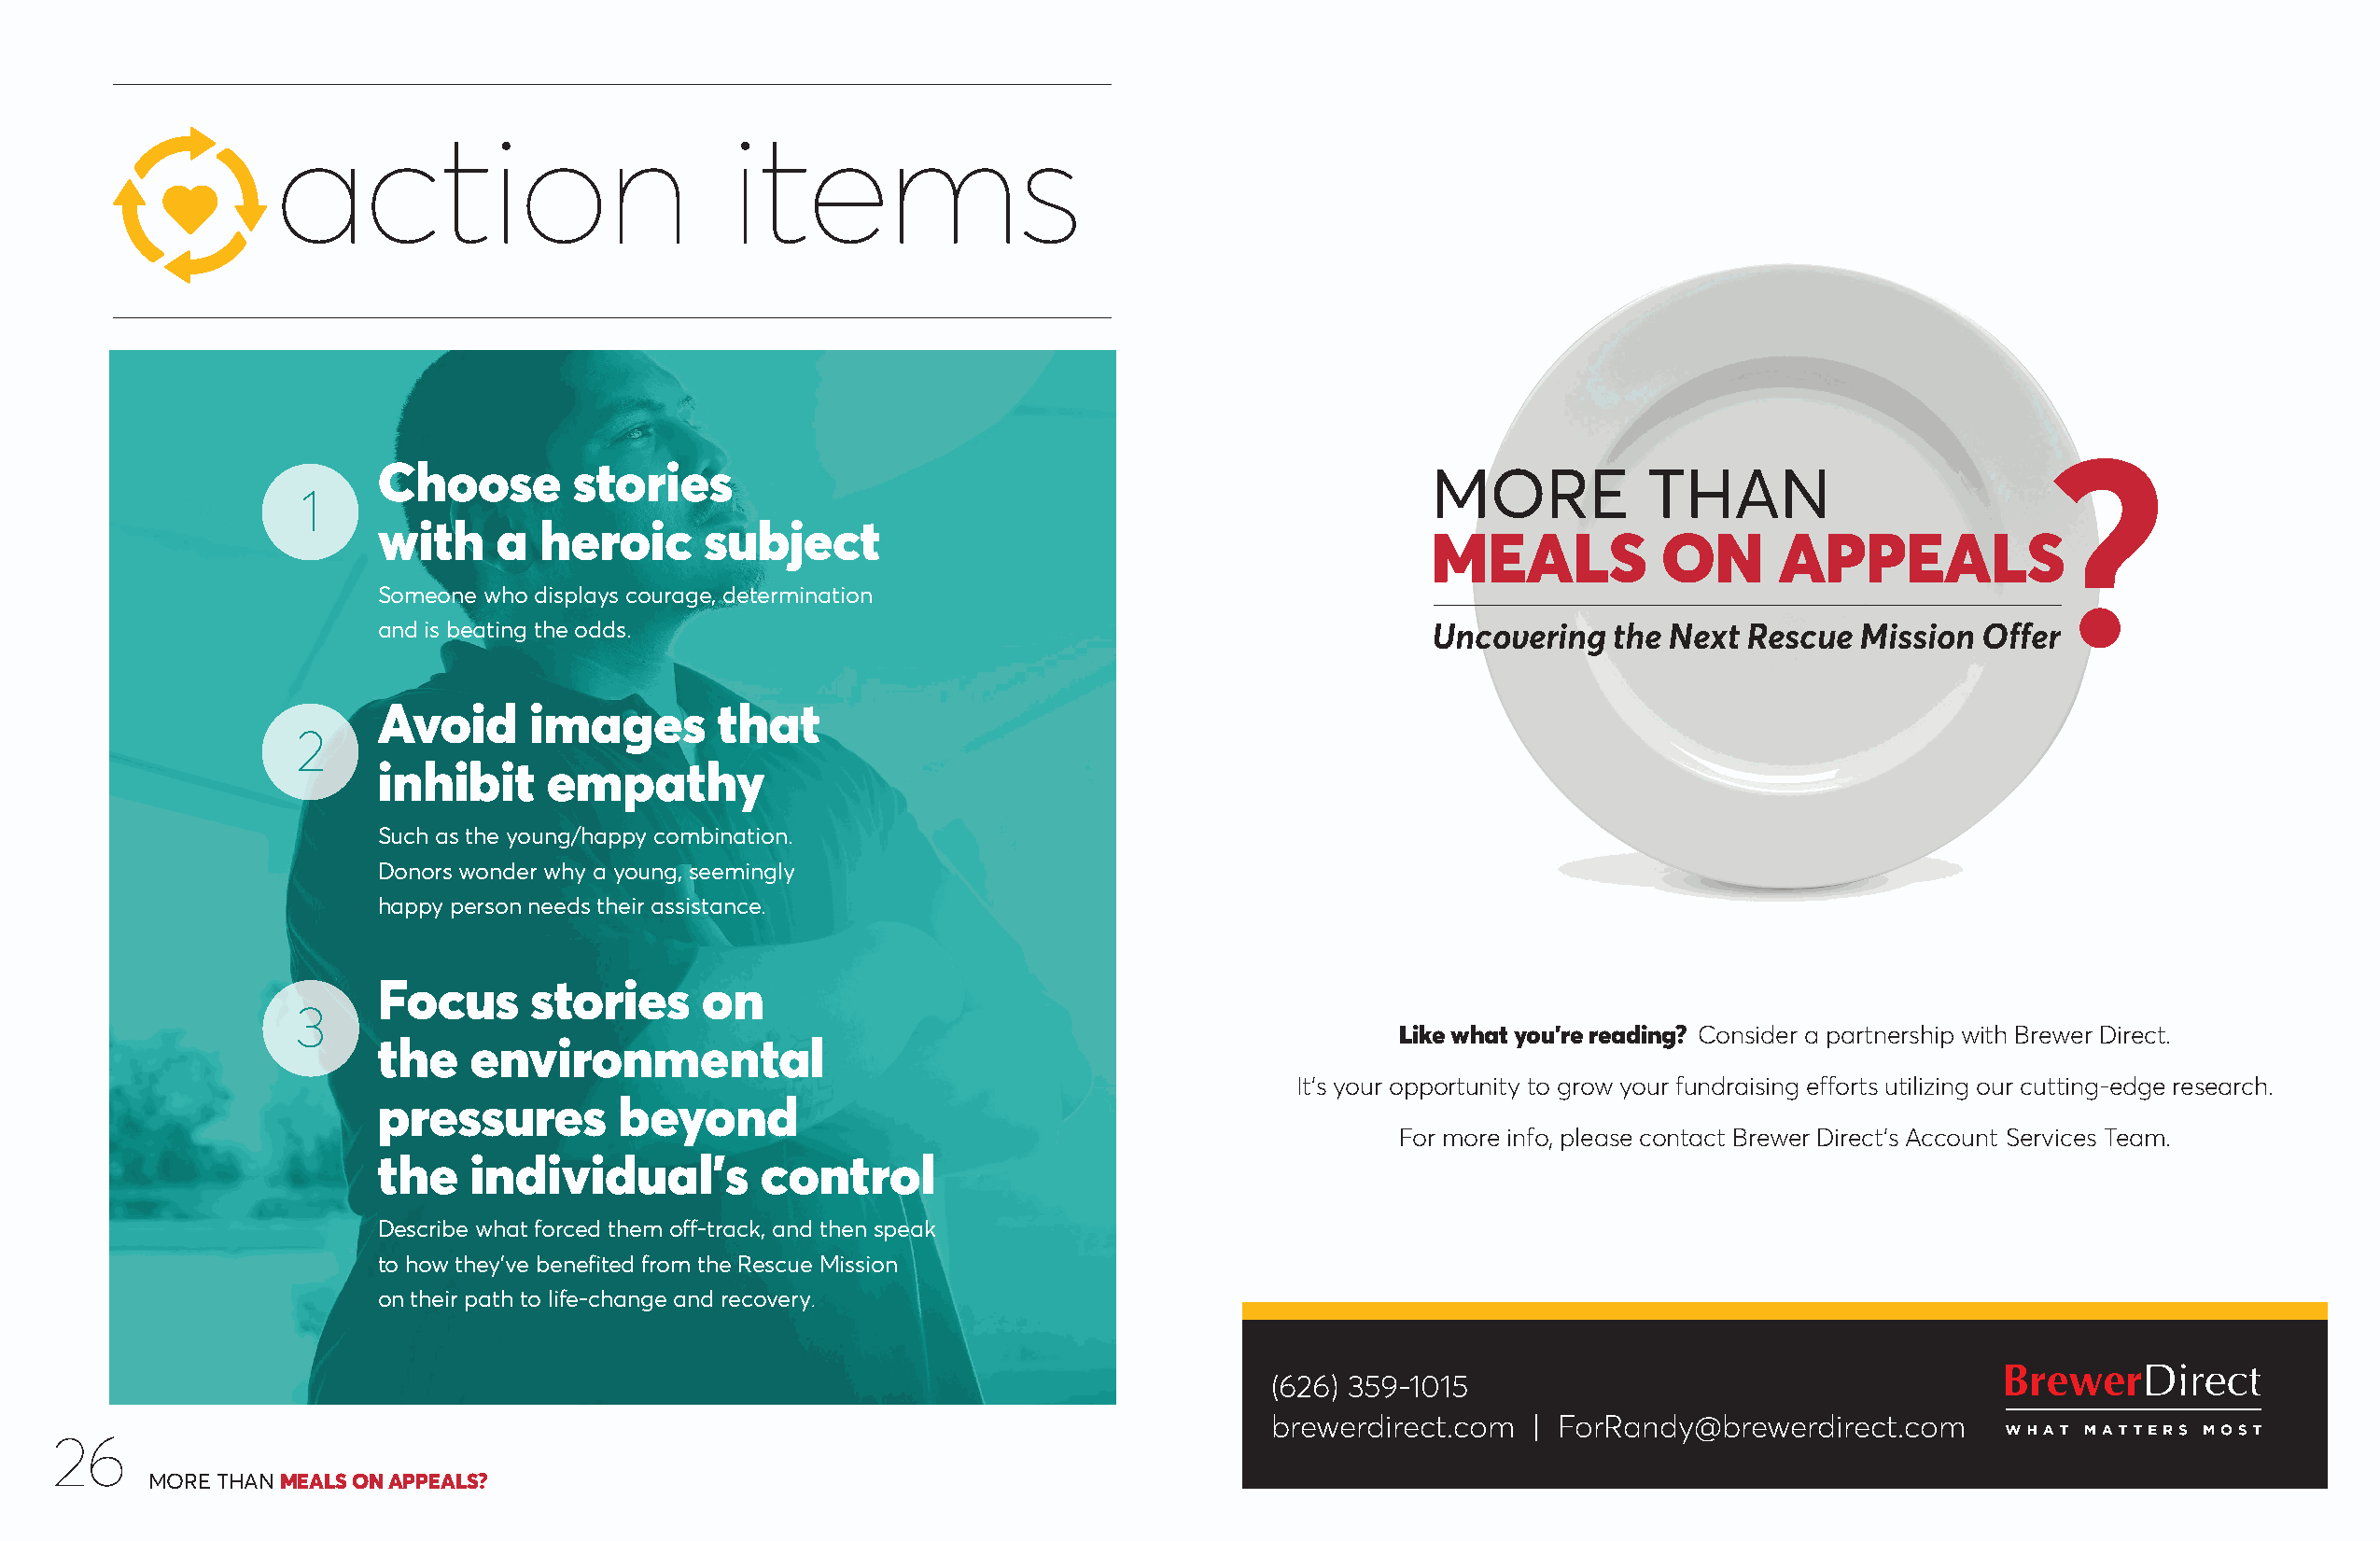
action                          items
 Choose        stories                                                                                                 ?
 MORE            THAN
 1
 with    a  heroic      subject
 MEALS            ON      APPEALS
 Someone who displays courage, determination
 and is beating the odds.
 Uncovering  the Next  Rescue  Mission  Offer
 Avoid      images       that
 2
 inhibit     empathy
 Such as the young/happy combination.
 Donors wonder why a young, seemingly
 happy person needs their assistance.
 Focus      stories     on
 3
 Like what you’re reading? Consider a partnership with Brewer Direct.
 the   environmental
 It’s your opportunity to grow your fundraising efforts utilizing our cutting-edge research.
 pressures        beyond
 For more info, please contact Brewer Direct’s Account Services Team.
 the   individual’s         control
 Describe what forced them off-track, and then speak
 to how they’ve benefited from the Rescue Mission
 on their path to life-change and recovery.
 (626) 359-1015
 brewerdirect.com   | ForRandy@brewerdirect.com
 26
 MORE THAN MEALS ON APPEALS?